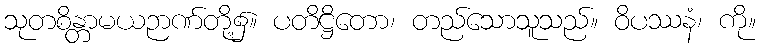
သုတစိန္တာမယဉာဏ်တို့၌။ ပတိဋ္ဌိတော၊ တည်သောသူသည်။ ဝိပဿနံ၊ ကို။